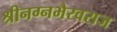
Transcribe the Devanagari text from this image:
श्रीनग्नभैरवराज